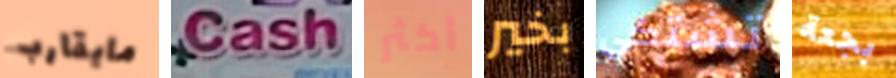
مايقارب Cash أكثر بخير تشتكي بجعة